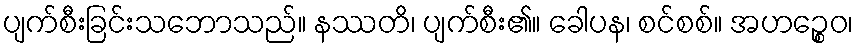
ပျက်စီးခြင်းသဘောသည်။ နဿတိ၊ ပျက်စီး၏။ ခေါပန၊ စင်စစ်။ အဟဉ္စေဝ၊